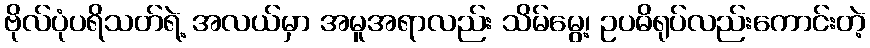
ဗိုလ်ပုံပရိသတ်ရဲ့ အလယ်မှာ အမူအရာလည်း သိမ်မွေ့၊ ဥပဓိရုပ်လည်းကောင်းတဲ့